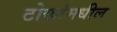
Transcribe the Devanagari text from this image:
टोकांमधील